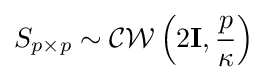
S_{p\times p}\sim {\mathcal {CW}}\left(2\mathbf {I} ,{\frac {p}{\kappa }}\right)